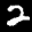
Label: 2